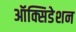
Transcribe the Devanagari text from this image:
ऑक्सिडेशन